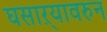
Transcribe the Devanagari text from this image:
घसाऱ्यावरुन